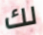
لك